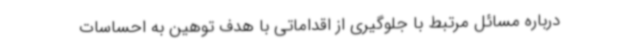
درباره مسائل مرتبط با جلوگیری از اقداماتی با هدف توهین به احساسات